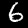
Digit: 6